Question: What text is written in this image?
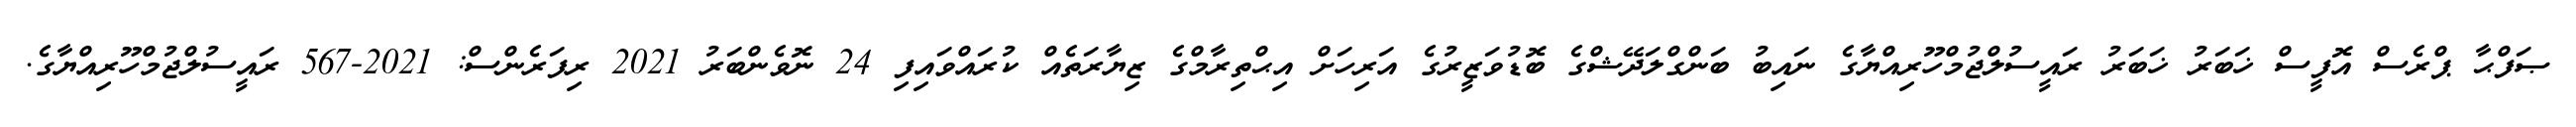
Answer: ޞަފްޙާ ޕްރެސް އޮފީސް ޚަބަރު ޚަބަރު ރައީސުލްޖުމްހޫރިއްޔާގެ ނައިބު ބަންގްލަދޭޝްގެ ބޮޑުވަޒީރުގެ އަރިހަށް އިޙްތިރާމްގެ ޒިޔާރަތެއް ކުރައްވައިފި 24 ނޮވެންބަރު 2021 ރިފަރެންސް: 2021-567 ރައީސުލްޖުމްހޫރިއްޔާގެ.